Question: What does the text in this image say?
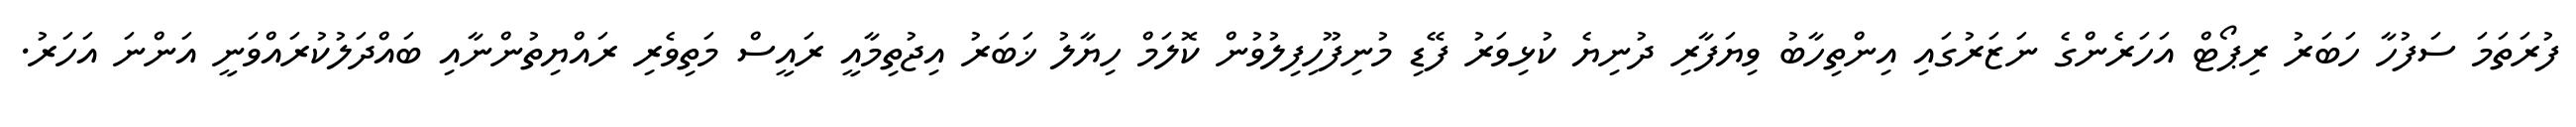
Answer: ފުރަތަމަ ސަފުހާ ހަބަރު ރިޕޯޓް އަހަރެންގެ ނަޒަރުގައި އިންތިހާބު ވިޔަފާރި ދުނިޔެ ކުޅިވަރު ފޭޑި މުނިފޫހިފިލުވުން ކޮލަމް ހިޔާލު ޚަބަރު އިޖުތިމާއީ ރައީސް މަތިވެރި ރައްޔިތުންނާއި ބައްދަލުކުރައްވަނީ އަންނަ އަހަރު.